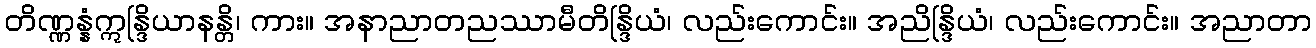
တိဏ္ဏန္နံဣန္ဒြိယာနန္တိ၊ ကား။ အနာညာတညဿာမီတိန္ဒြိယံ၊ လည်းကောင်း။ အညိန္ဒြိယံ၊ လည်းကောင်း။ အညာတာ